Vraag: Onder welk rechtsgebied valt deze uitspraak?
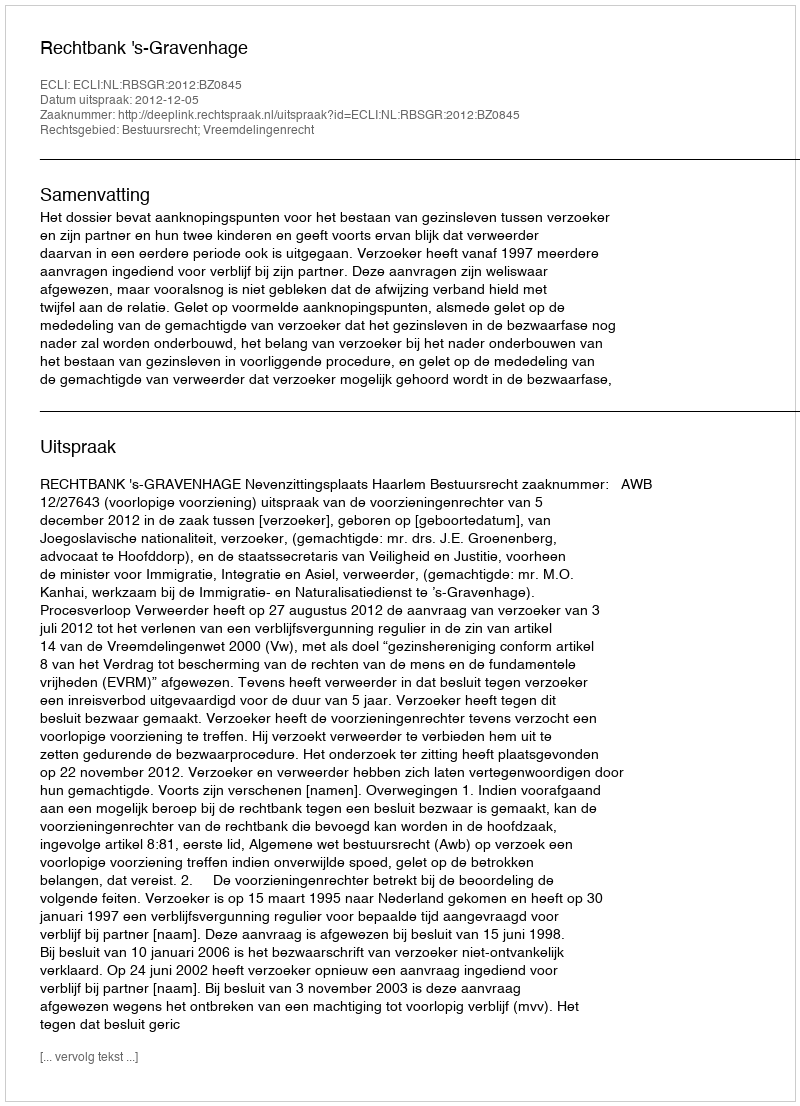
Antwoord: Bestuursrecht; Vreemdelingenrecht